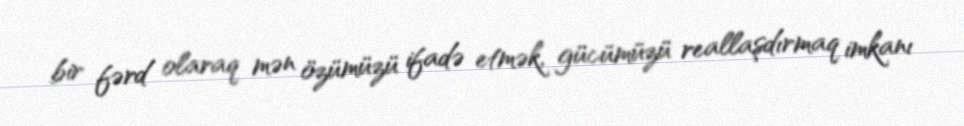
bir fərd olaraq mən özümüzü ifadə etmək, gücümüzü reallaşdırmaq imkanı